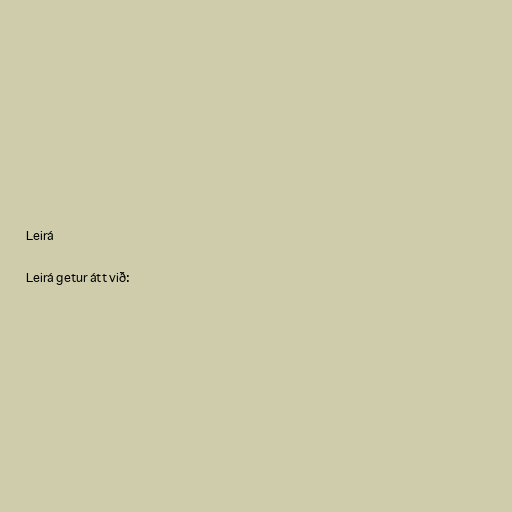
Leirá

Leirá getur átt við: